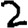
Digit: 2